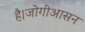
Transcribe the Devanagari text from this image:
है।जोगीआसन